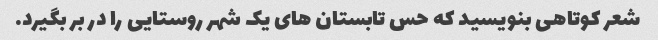
شعر کوتاهی بنویسید که حس تابستان های یک شهر روستایی را در بر بگیرد.